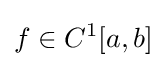
f\in C^{1}[a,b]